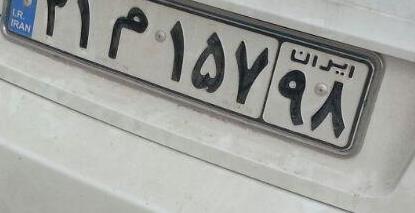
۳۱م۱۵۷۹۸